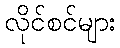
လိုင်စင်များ